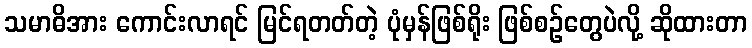
သမာဓိအား ကောင်းလာရင် မြင်ရတတ်တဲ့ ပုံမှန်ဖြစ်ရိုး ဖြစ်စဉ်တွေပဲလို့ ဆိုထားတာ